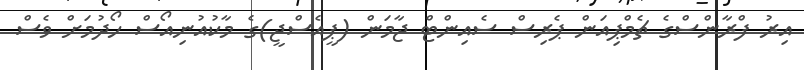
އިރު ފްރާންސްގެ ޗެމްޕިއަން ޕެރިސް ސެއިންޓް ޖާމަން (ޕީއެސްޖީ)ގެ މާކުއުނިއޯސް ހޯދުމަށް ވެސް